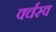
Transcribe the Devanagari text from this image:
वर्चस्‍व